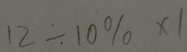
1 2 \div 1 0 \% \times 1